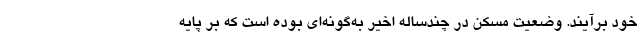
خود برآیند. وضعیت مسکن در چندساله اخیر به‌گونه‌ای بوده است که بر پایه